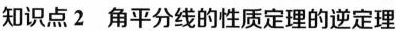
知识点2角平分线的性质定理的逆定理